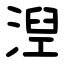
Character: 湼